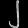
Digit: ၂